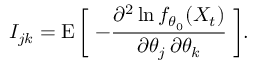
I _ { j k } = \operatorname { E } { \bigg [ } \; { - { \frac { \partial ^ { 2 } \ln f _ { \theta _ { 0 } } ( X _ { t } ) } { \partial \theta _ { j } \, \partial \theta _ { k } } } } \; { \bigg ] } .